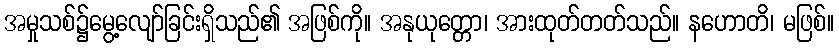
အမှုသစ်၌မွေ့လျော်ခြင်းရှိသည်၏ အဖြစ်ကို။ အနုယုတ္တော၊ အားထုတ်တတ်သည်။ နဟောတိ၊ မဖြစ်။